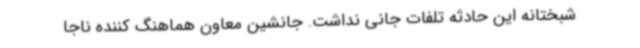
شبختانه این حادثه تلفات جانی نداشت. جانشین معاون هماهنگ کننده ناجا